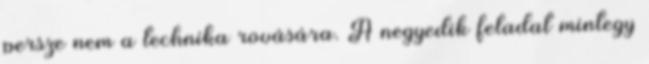
persze nem a technika rovására. A negyedik feladat mintegy